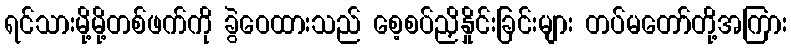
ရင်သားမို့မို့တစ်ဖက်ကို ခွဲဝေထားသည် စေ့စပ်ညှိနှိုင်းခြင်းများ တပ်မတော်တို့အကြား